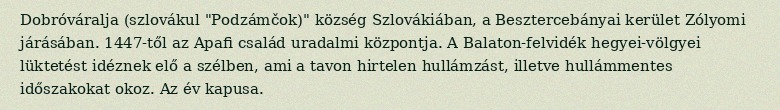
Dobróváralja (szlovákul "Podzámčok)" község Szlovákiában, a Besztercebányai kerület Zólyomi járásában. 1447-től az Apafi család uradalmi központja. A Balaton-felvidék hegyei-völgyei lüktetést idéznek elő a szélben, ami a tavon hirtelen hullámzást, illetve hullámmentes időszakokat okoz. Az év kapusa.